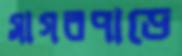
সাগরপাড়ে